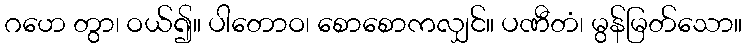
ဂဟေ တွာ၊ ဝယ်၍။ ပါတောဝ၊ စောစောကလျှင်။ ပဏီတံ၊ မွန်မြတ်သော။